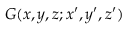
G ( x , y , z ; x ^ { \prime } , y ^ { \prime } , z ^ { \prime } )